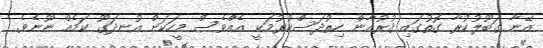
އޭނާ ގަބޫލުކުރާ ގޮތުގައި ޤުރުއާން ހިތުދަސްކުރުމަކީ އެއްވެސް މީހަކަށް އުނދަގޫ ކަމެއް ނޫނެވެ.